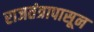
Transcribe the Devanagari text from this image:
राजतंत्रापासून